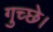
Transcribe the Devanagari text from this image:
गुच्छे।